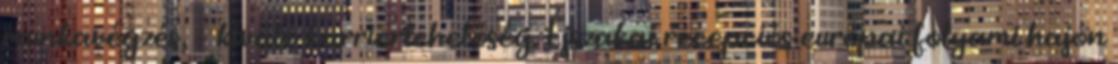
munkavégzés, – kiváló karrierlehetőség. Éjszakai recepciós európai folyami hajón